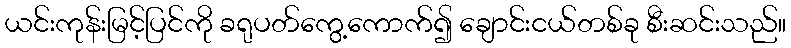
ယင်းကုန်းမြင့်ပြင်ကို ခရုပတ်ကွေ့ကောက်၍ ချောင်းငယ်တစ်ခု စီးဆင်းသည်။